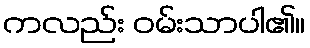
ကလည်း ဝမ်းသာပါ၏။